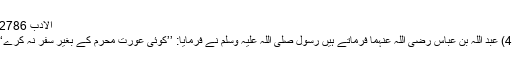
الادب 2786)
(4) عبد اللہ بن عباس رضی اللہ عنہما فرماتے ہیں رسول صلی اللہ علیہ وسلم نے فرمایا: ’’کوئی عورت محرم کے بغیر سفر نہ کرے‘‘۔